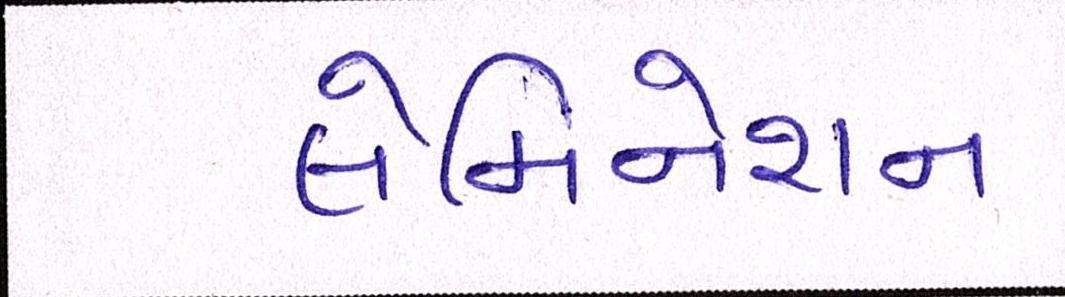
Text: લેમિનેશન